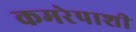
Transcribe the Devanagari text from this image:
कमरेपाशी